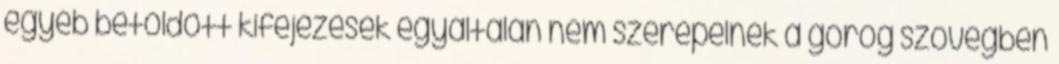
egyéb betoldott kifejezések egyáltalán nem szerepelnek a görög szövegben